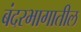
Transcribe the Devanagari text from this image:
बंदरभागातील